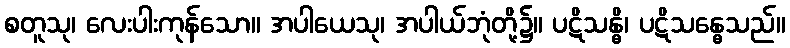
စတူသု၊ လေးပါးကုန်သော။ အပါယေသု၊ အပါယ်ဘုံတို့၌။ ပဋိသန္ဓိ၊ ပဋိသန္ဓေသည်။